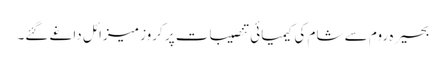
بحیرہ روم سے شام کی کیمیائی تنصیبات پر کروز میزائل داغے گئے۔